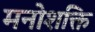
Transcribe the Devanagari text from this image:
मनोशक्ति